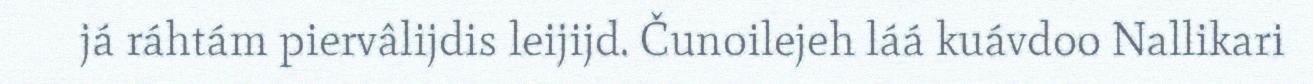
já ráhtám piervâlijdis leijijd. Čunoilejeh láá kuávdoo Nallikari